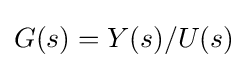
G(s)=Y(s)/U(s)